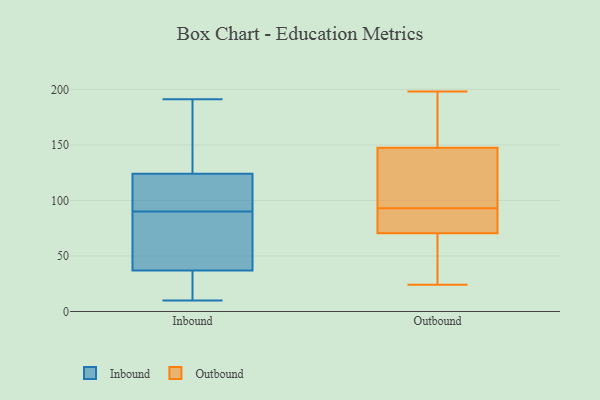
{"axis": {"x": "Demand Index", "y": "Value"}, "legend": ["Inbound", "Outbound"], "data": [{"x": "", "y": 21, "type": "Inbound"}, {"x": "", "y": 86, "type": "Inbound"}, {"x": "", "y": 10, "type": "Inbound"}, {"x": "", "y": 191, "type": "Inbound"}, {"x": "", "y": 127, "type": "Inbound"}, {"x": "", "y": 115, "type": "Inbound"}, {"x": "", "y": 92, "type": "Inbound"}, {"x": "", "y": 36, "type": "Inbound"}, {"x": "", "y": 90, "type": "Inbound"}, {"x": "", "y": 150, "type": "Inbound"}, {"x": "", "y": 40, "type": "Inbound"}, {"x": "", "y": 117, "type": "Outbound"}, {"x": "", "y": 198, "type": "Outbound"}, {"x": "", "y": 26, "type": "Outbound"}, {"x": "", "y": 84, "type": "Outbound"}, {"x": "", "y": 89, "type": "Outbound"}, {"x": "", "y": 195, "type": "Outbound"}, {"x": "", "y": 102, "type": "Outbound"}, {"x": "", "y": 66, "type": "Outbound"}, {"x": "", "y": 97, "type": "Outbound"}, {"x": "", "y": 75, "type": "Outbound"}, {"x": "", "y": 178, "type": "Outbound"}, {"x": "", "y": 24, "type": "Outbound"}]}